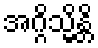
အဂ္ဂိသ္မိန္တိ